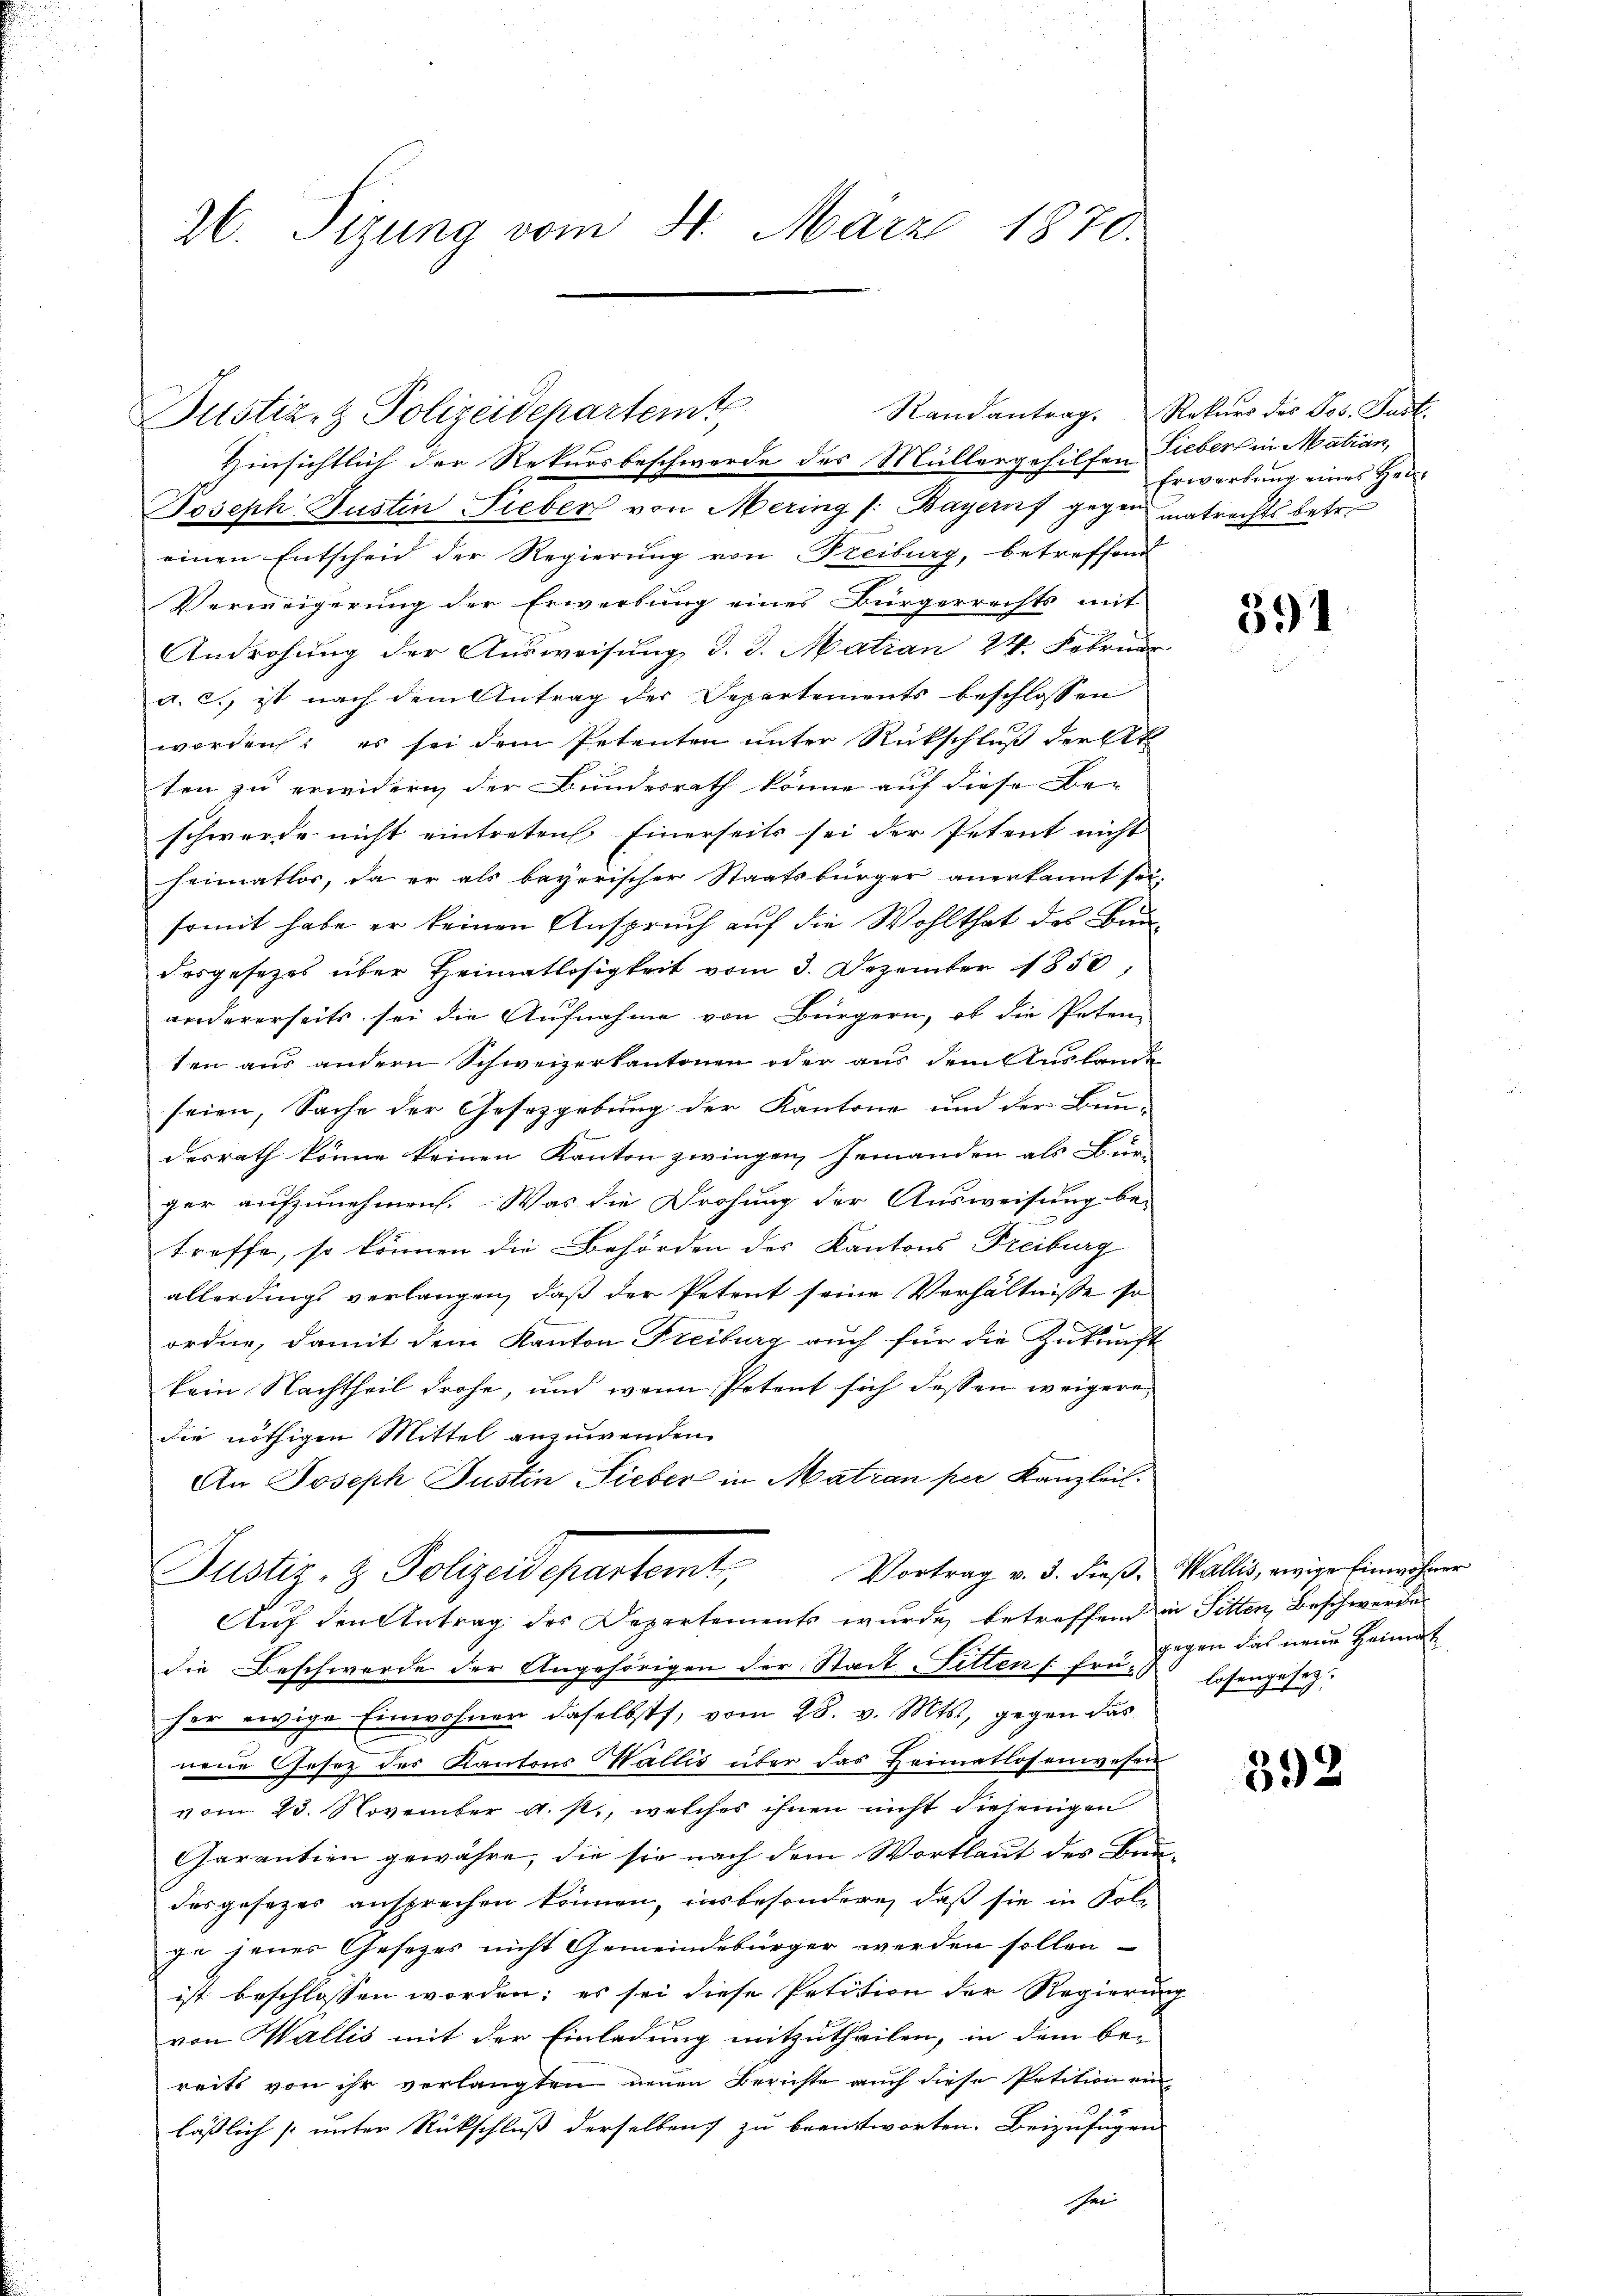
Joseph Justin Lieber von Mering /: Bayers gegen matrechts betr.
einen Entscheid der Regierung von Freiburg, betreffend
Verweigerung der Erwerbung eines Bürgerrechts mit
Androhung der Ausweisung d. J. Matian 24. Februar
a. c. ist nach dem Antrag der Separtements beschlossen
worden; es sei dem Petenten unter Rückschluß der Ak
ten zu erwidern der Bundesrath könne auf diese Be-
schwerde nicht eintreten. Einerseits sei der Petent nicht
heimatlos, da er als bayerischer Staatsbürger anerkannt sei.
somit habe er keinen Anspruch auf die Wohlthat des Bundesgesetzes über Heimatlosigkeit vom 3. Dezember 1850,
andererseits sei die Aufnahme von Bürgern, ob die Peten-
ten aus andern Schweizerkantonen oder aus dem Ausland
seien, Sache der Gesetzgebung der Kantone und der Bun-
desrath könne keinen Kanton zwingen Jemanden als Bürger aufzunehmen. Was die Drohung der Ausweisung be-
treffe, so können die Behörden des Kantons Freiburg
allerdings verlangen, daß der Petent seine Verhältnisse so
ordne, damit dem Kanton Freiburg auch für die Zukunft
kein Nachtheil drohe, und wenn Petent sich dessen weigere
die nöthigen Mittel anzuwenden.
An Joseph Justin Lieber in Matran per Kanzleil
Vortrag v. 3. dieß. Wallis, ewige Einwohner
Justiz- & Polizeidepartamt,
Auf den Antrag des Departements wurde betreffend in Sitten, Beschwerde
die Beschwerde der Angehörigen der Stadt Litten (frü gegen das neue Heimat
her ewige Einwohner daselbst, vom 28. v. Mts., gegen das
E
neue Gesetz des Kantons Wallis über das Heimatlosenwesen
vom 23. November d. st., welches ihnen nicht diejenigen
Garantien gewähre, die sie nach dem Wortlaut des Bundas gesezes ansprechen können, insbesondere, daß sie in Folge jenes Gesezes nicht Gemeindebürger werden sollen-
ist beschlossen worden; es sei diese Petition der Regierung
von Wallis mit der Einladung mitzutheilen, in dem be-
reits von ihr verlangten neuen Berichte auch diese Petition ein
läßlich [unter Rückschluß derselben zu beantworten. Beizufügen
sei

26. Sitzung vom 31. März 1870.

Justiz- & Polizeidepartemt

Hinsichtlich der Rekursbeschwerde des Müllergehilfen Lieber in Matian,

Randantrag. Rekŭrs des Jos. Gust.
Erwerbung eines Her¬

391

losengesez.

392